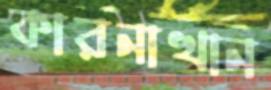
কারনাখান